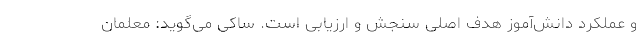
و عملکرد دانش‌آموز هدف اصلی سنجش و ارزیابی است. ساکی می‌گوید: معلمان